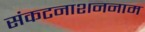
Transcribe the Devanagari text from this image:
संकटनाशननाम